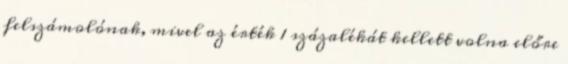
felszámolónak, mivel az érték 1 százalékát kellett volna előre